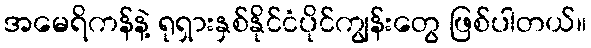
အမေရိကန်နဲ့ ရုရှားနှစ်နိုင်ငံပိုင်ကျွန်းတွေ ဖြစ်ပါတယ်။